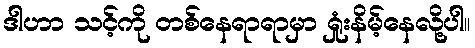
ဒါဟာ သင့်ကို တစ်နေရာရာမှာ ရှုံးနိမ့်နေလို့ပါ။